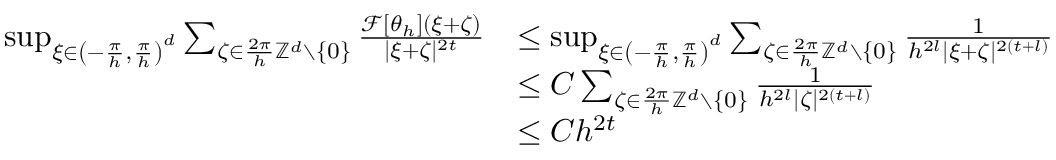
\begin{array} { r l } { \operatorname* { s u p } _ { \xi \in \left( - \frac { \pi } { h } , \frac { \pi } { h } \right) ^ { d } } \sum _ { \zeta \in \frac { 2 \pi } { h } \mathbb { Z } ^ { d } \setminus \{ 0 \} } \frac { \mathcal { F } [ \theta _ { h } ] ( \xi + \zeta ) } { | \xi + \zeta | ^ { 2 t } } } & { \le \operatorname* { s u p } _ { \xi \in \left( - \frac { \pi } { h } , \frac { \pi } { h } \right) ^ { d } } \sum _ { \zeta \in \frac { 2 \pi } { h } \mathbb { Z } ^ { d } \setminus \{ 0 \} } \frac { 1 } { h ^ { 2 l } | \xi + \zeta | ^ { 2 ( t + l ) } } } \\ & { \le C \sum _ { \zeta \in \frac { 2 \pi } { h } \mathbb { Z } ^ { d } \setminus \{ 0 \} } \frac { 1 } { h ^ { 2 l } | \zeta | ^ { 2 ( t + l ) } } } \\ & { \le C h ^ { 2 t } } \end{array}